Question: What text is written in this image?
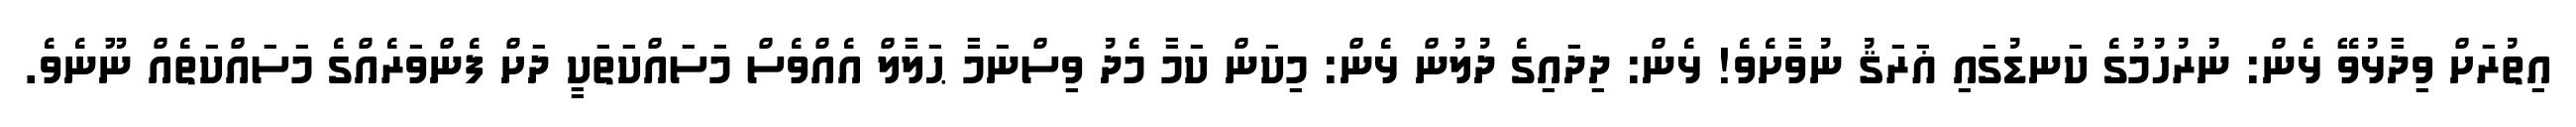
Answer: އިތުރަށް ވިދާޅުވޭ ޅެން: ނުރުހުމުގެ ކަނޑުގައި ޣަރަޤު ނުވާށެވެ! ޅެން: ދިދައިގެ ދުލުން ޅެން: މިކަން ކަމާ މެދު ވިސްނަމާ ޙަލާލް އެއްވެސް މަސައްކަތަކީ ދަށް ފެންވަރެއްގެ މަސައްކަތެއް ނޫނެވެ.